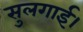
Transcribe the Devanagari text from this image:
सुलगाई।